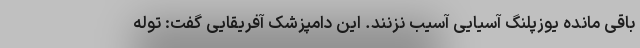
باقی مانده یوزپلنگ آسیایی آسیب نزنند. این دامپزشک آفریقایی گفت: توله